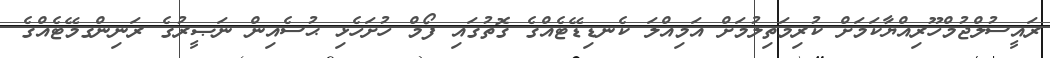
ރައީސުލްޖުމްހޫރިއްޔާކަމަށް ކުރިމަތިލުމަށް އަމިއްލަ ކެނޑިޑޭޓެއްގެ ގޮތުގައި ފޯމް ހުށަހެޅި ޙުސެއިން ނަޞީރުގެ ރަނިންގމޭޓެއްގެ